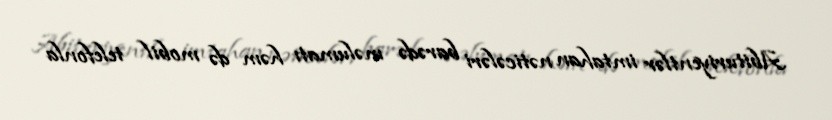
Abituriyentlər imtahan nəticələri barədə məlumatı həm də mobil telefonla